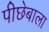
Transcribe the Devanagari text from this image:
पीछेबाला